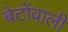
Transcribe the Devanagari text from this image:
बेटोंवाली